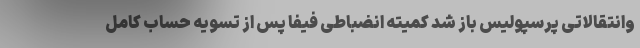
وانتقالاتی پرسپولیس باز شد کمیته انضباطی فیفا پس از تسویه حساب کامل